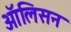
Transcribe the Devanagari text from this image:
ऑलिसन